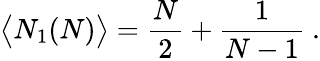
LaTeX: \big\langle N_{1}(N)\big\rangle=\frac{N}{2}+\frac{1}{N-1}~.